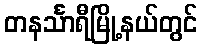
တနင်္သာရီမြို့နယ်တွင်